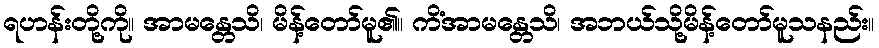
ရဟန်းတို့ကို။ အာမန္တေသိ၊ မိန့်တော်မူ၏။ ကိံအာမန္တေသိ၊ အဘယ်သို့မိန့်တော်မူသနည်း။